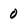
Character: 0